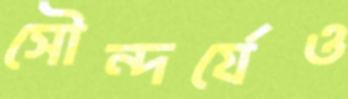
সৌন্দর্যেও